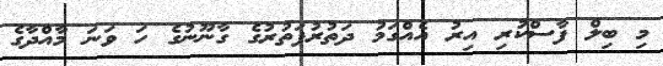
މި ބިލް ފާސްކުރި އިރު އެއްގަމު ދަތުރުފަތުރުގެ ގާނޫނުގެ ހަ ވަނަ މާއްދާގެ